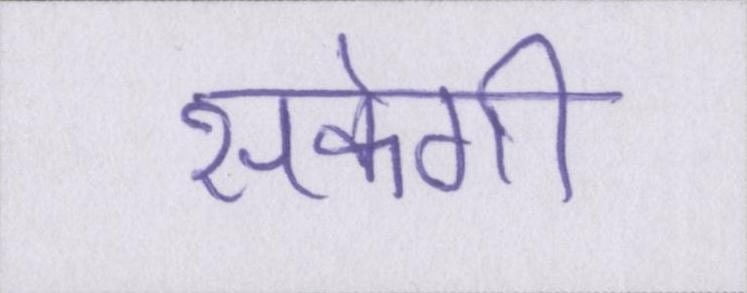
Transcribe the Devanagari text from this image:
सकेगी